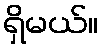
ရှိမယ်။